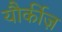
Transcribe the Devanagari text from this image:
यौर्कीज़